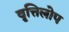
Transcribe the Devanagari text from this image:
वृत्तिलोप